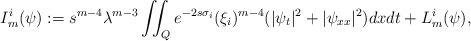
LaTeX: \begin{align*}I^i_m(\psi):= s^{m-4} \lambda^{m-3} \iint_Q e^{-2s \sigma_i} (\xi_i)^{m-4}(|\psi_t|^2 + |\psi_{xx}|^2)dxdt + L^i_m (\psi),\end{align*}